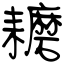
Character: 耱